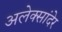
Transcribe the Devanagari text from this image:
अलेक्सांदेर